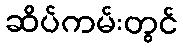
ဆိပ်ကမ်းတွင်